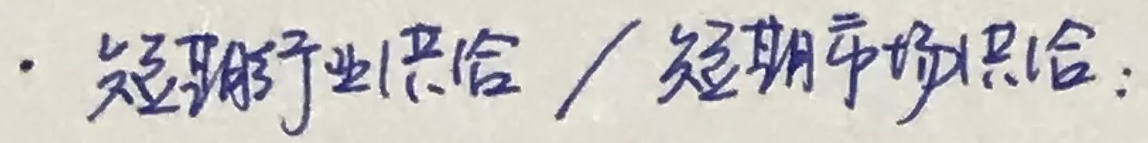
· 短期行业供给 / 短期市场供给：